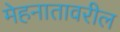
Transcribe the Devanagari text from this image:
मेहनातावरील